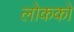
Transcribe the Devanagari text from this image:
लोकको